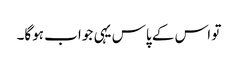
تو اس کے پاس یہی جواب ہوگا۔